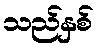
သည်နှစ်